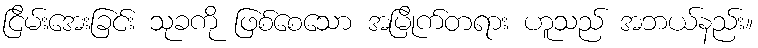
ငြိမ်းအေးခြင်း သုခကို ဖြစ်စေသော အမြိုက်တရား ဟူသည် အဘယ်နည်း။